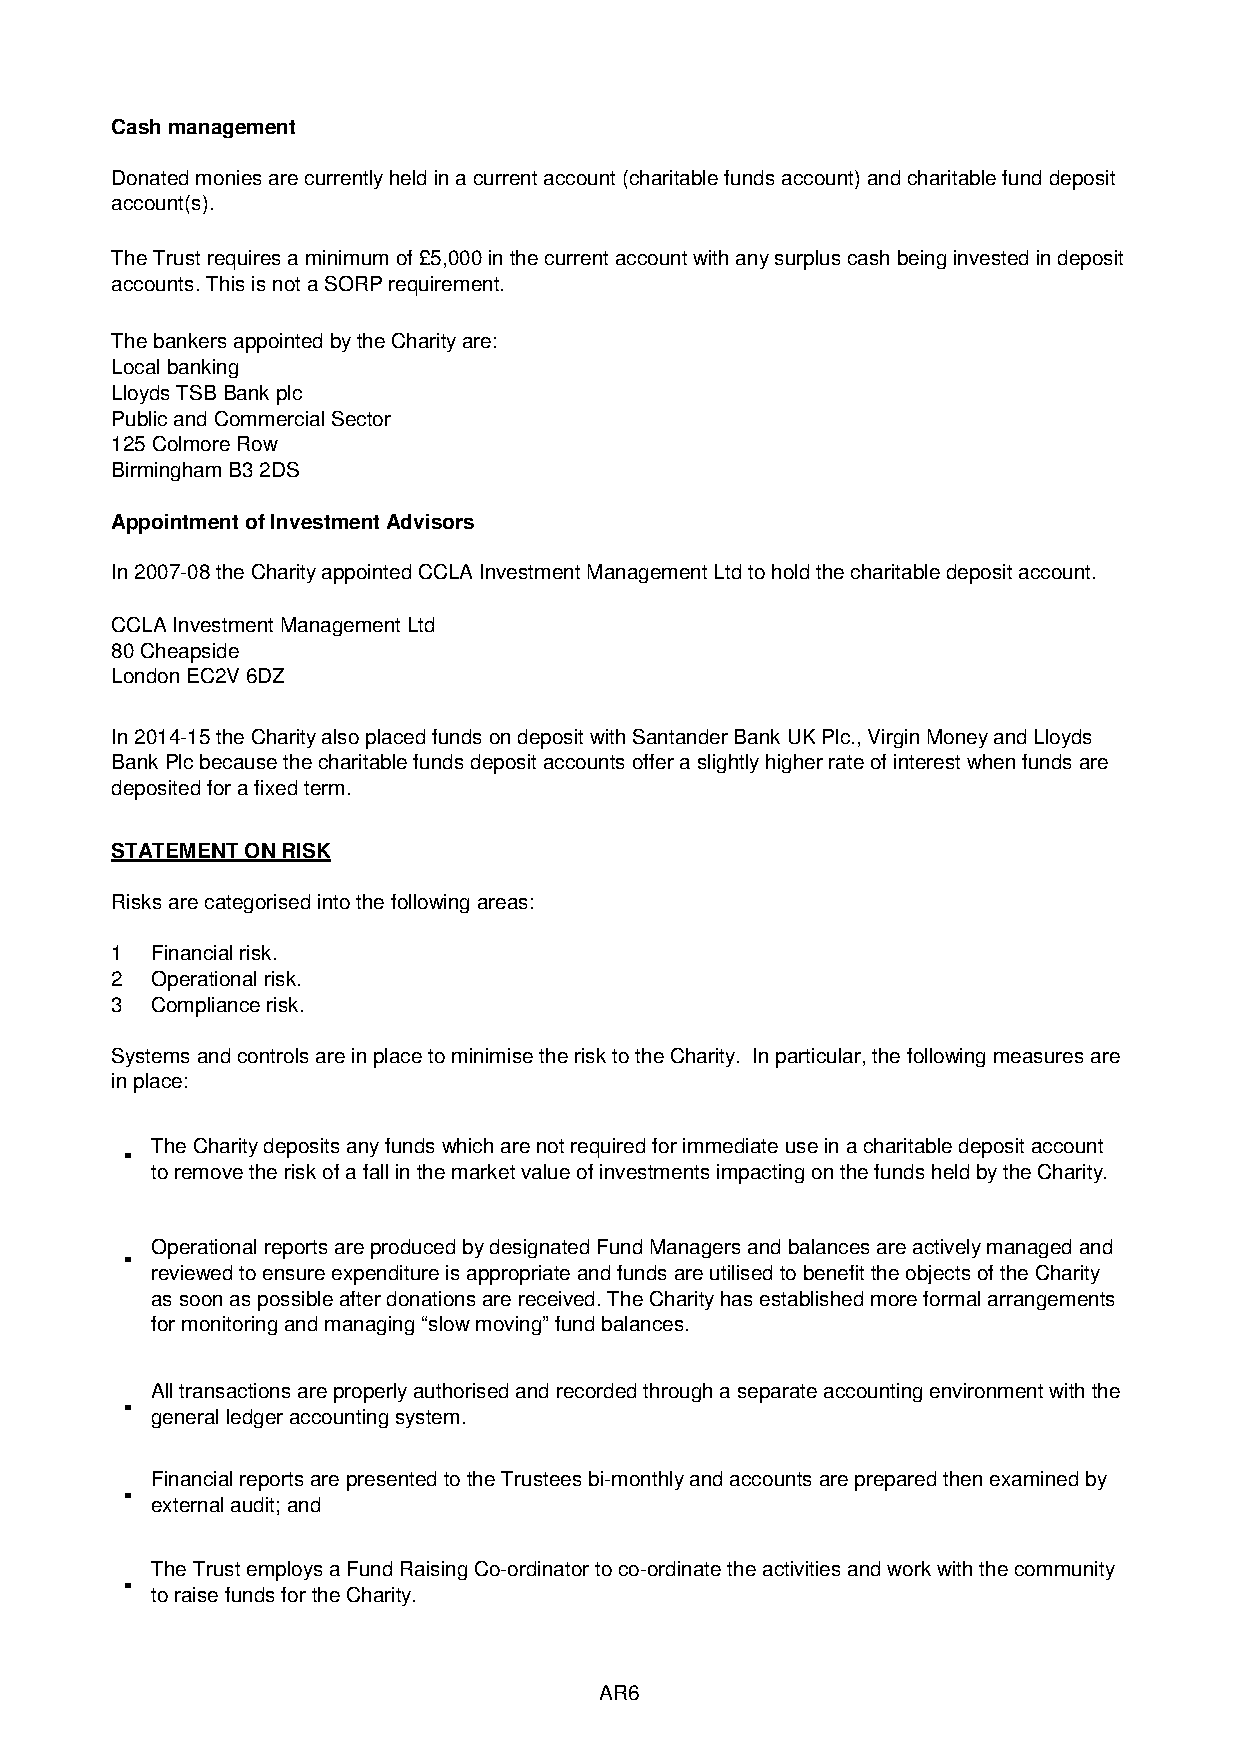
Cash management
 Donated monies are currently held in a current account (charitable funds account) and charitable fund deposit
 account(s).
 The Trust requires a minimum of £5,000 in the current account with any surplus cash being invested in deposit
 accounts. This is not a SORP requirement.
 The bankers appointed by the Charity are:
 Local banking
 Lloyds TSB Bank plc
 Public and Commercial Sector
 125 Colmore Row
 Birmingham B3 2DS
 Appointment of Investment Advisors
 In 2007-08 the Charity appointed CCLA Investment Management Ltd to hold the charitable deposit account.
 CCLA Investment Management Ltd
 80 Cheapside
 London EC2V 6DZ
 In 2014-15 the Charity also placed funds on deposit with Santander Bank UK Plc., Virgin Money and Lloyds
 Bank Plc because the charitable funds deposit accounts offer a slightly higher rate of interest when funds are
 deposited for a fixed term.
 STATEMENT ON RISK
 Risks are categorised into the following areas:
 1  Financial risk.
 2  Operational risk.
 3  Compliance risk.
 Systems and controls are in place to minimise the risk to the Charity. In particular, the following measures are
 in place:
 .
 The Charity deposits any funds which are not required for immediate use in a charitable deposit account
 to remove the risk of a fall in the market value of investments impacting on the funds held by the Charity.
 . Operational reports are produced by designated Fund Managers and balances are actively managed and
 reviewed to ensure expenditure is appropriate and funds are utilised to benefit the objects of the Charity
 as soon as possible after donations are received. The Charity has established more formal arrangements
 for monitoring and managing “slow moving” fund balances.
 . All transactions are properly authorised and recorded through a separate accounting environment with the
 general ledger accounting system.
 . Financial reports are presented to the Trustees bi-monthly and accounts are prepared then examined by
 external audit; and
 . The Trust employs a Fund Raising Co-ordinator to co-ordinate the activities and work with the community
 to raise funds for the Charity.
 AR6